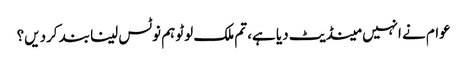
عوام نے انہیں مینڈیٹ دیا ہے، تم ملک لوٹو ہم نوٹس لینا بند کردیں؟